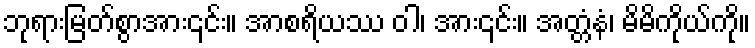
ဘုရားမြတ်စွာအား၎င်း။ အာစရိယဿ ဝါ၊ အား၎င်း။ အတ္တံနံ၊ မိမိကိုယ်ကို။